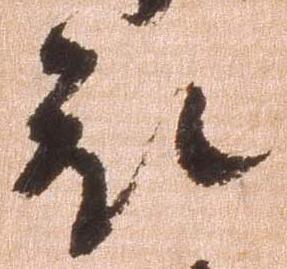
被